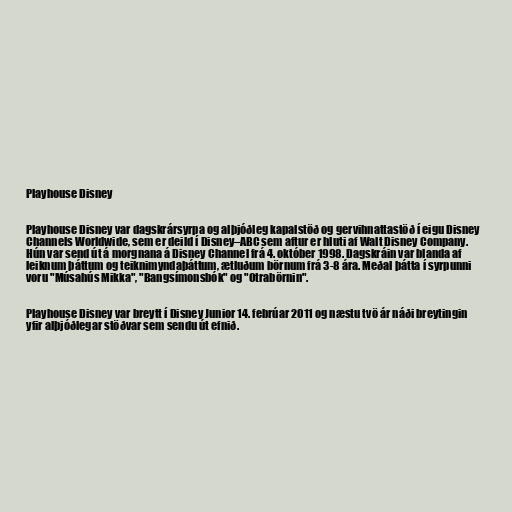
Playhouse Disney

Playhouse Disney var dagskrársyrpa og alþjóðleg kapalstöð og gervihnattastöð í eigu Disney
Channels Worldwide, sem er deild í Disney–ABC sem aftur er hluti af Walt Disney Company.
Hún var send út á morgnana á Disney Channel frá 4. október 1998. Dagskráin var blanda af
leiknum þáttum og teiknimyndaþáttum, ætluðum börnum frá 3-8 ára. Meðal þátta í syrpunni
voru "Músahús Mikka", "Bangsímonsbók" og "Otrabörnin".

Playhouse Disney var breytt í Disney Junior 14. febrúar 2011 og næstu tvö ár náði breytingin
yfir alþjóðlegar stöðvar sem sendu út efnið.